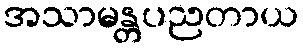
အသာမန္တပညတာယ